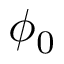
\phi _ { 0 }